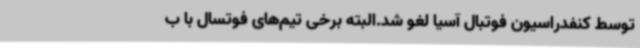
توسط کنفدراسیون فوتبال آسیا لغو شد.البته برخی تیم‌های فوتسال با ب